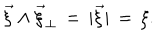
LaTeX: \vec { \xi } \wedge \vec { \xi } _ { \perp } \, = \, | \vec { \xi } | \, = \, \xi .